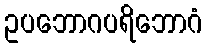
ဥပဘောဂပရိဘောဂံ